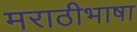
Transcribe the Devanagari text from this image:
मराठीभाषा